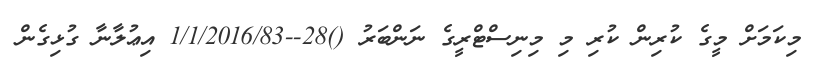
މިކަމަށް މީގެ ކުރިން ކުރި މި މިނިސްޓްރީގެ ނަންބަރު ()28--1/1/2016/83 އިޢުލާނާ ގުޅިގެން